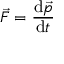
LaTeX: { \vec { F } } = { \frac { \mathrm { d } { \vec { p } } } { \mathrm { d } t } }